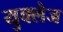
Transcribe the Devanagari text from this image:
युक्लेज